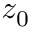
z _ { 0 }